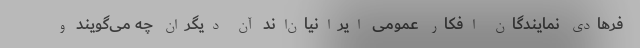
فرهادی نمایندگان افکار عمومی ایرانیان‌اند آن دیگران چه می‌گویند و